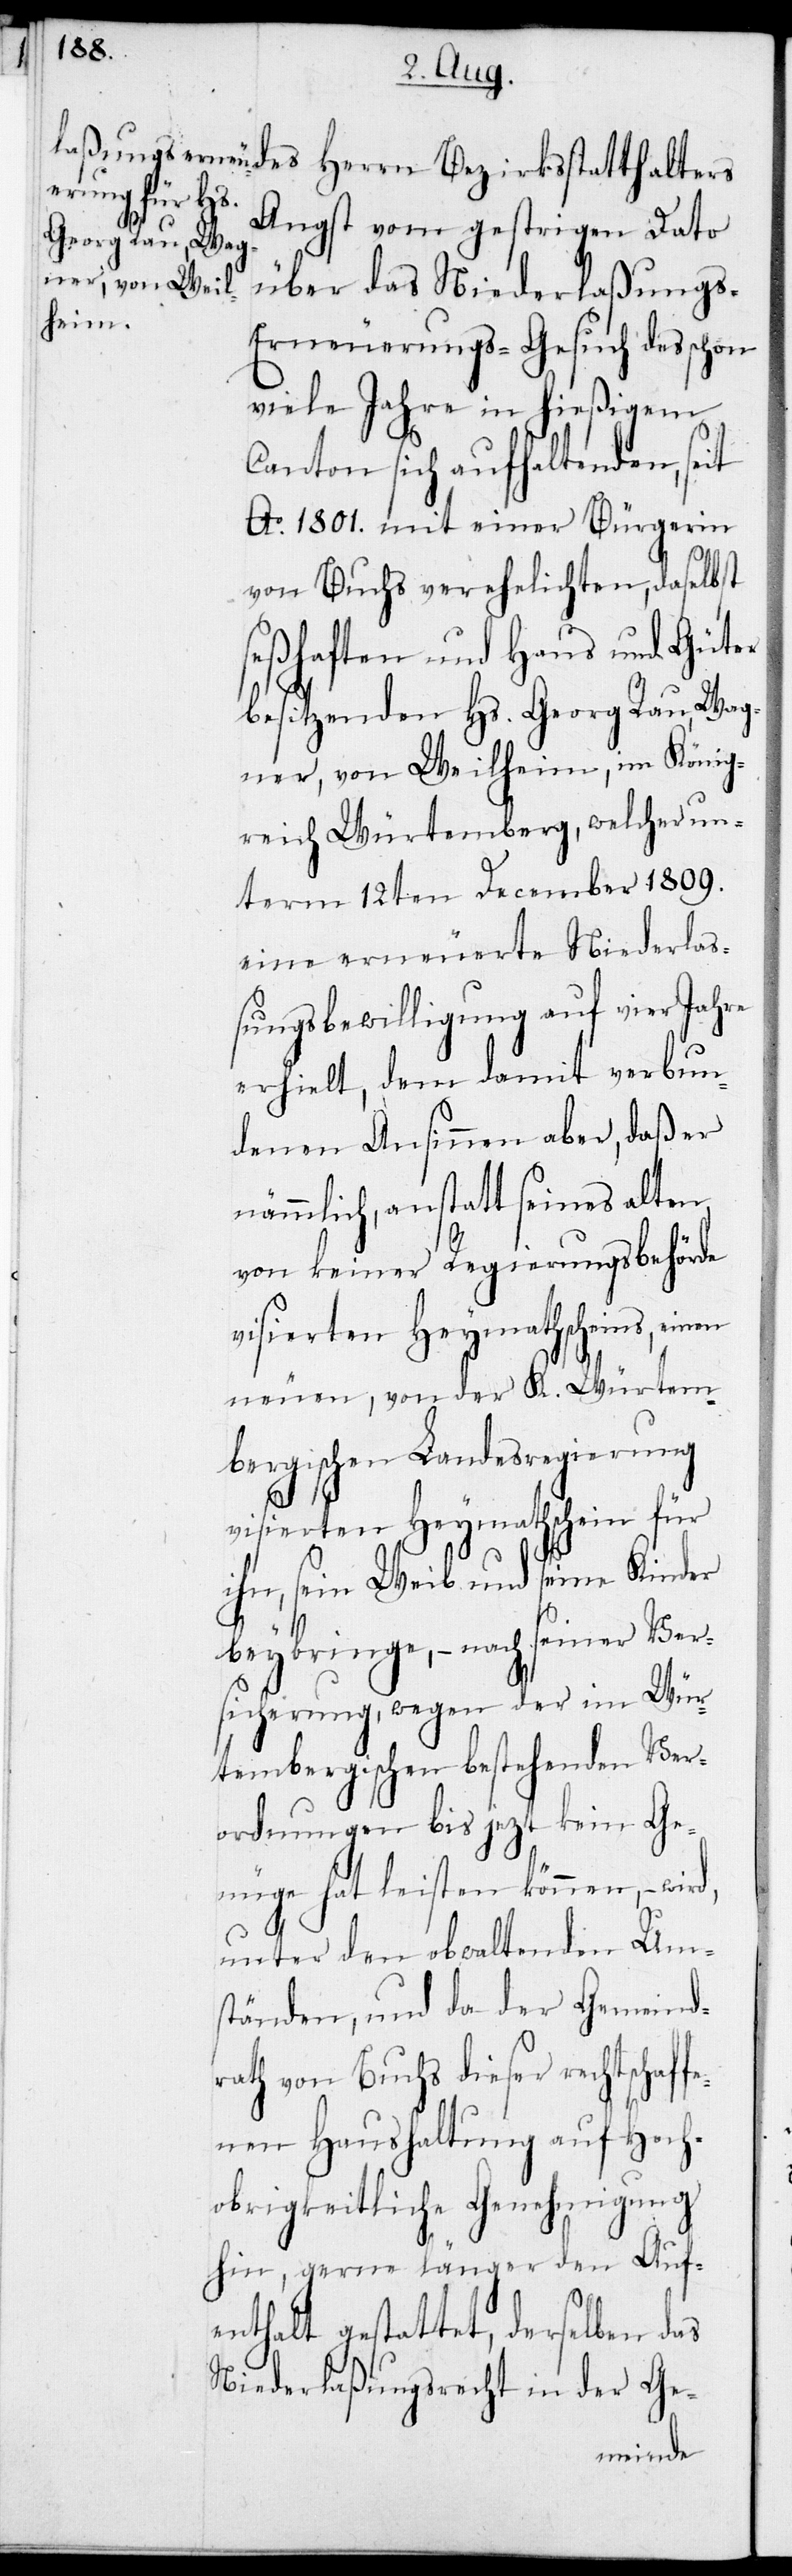
des Herrn Bezirksstatthalters
Angst vom gestrigen Dato
über das Niederlaßung¬
s-Erneuerungs-Gesuch des schon
viele Jahre in hießigem
Canton sich aufhaltenden, seit
Ao 1801. mit einer Bürgerin
von Buchs verehelichten, daselbst
seßhaften und Haus und Güter
besitzenden Hs. Georg Rau, Wag¬
ner, von Weilheim, im König¬
reich Würtemberg, welcher un¬
term 12ten December 1809.
eine erneuerte Niederlaß¬
ungsbewilligung auf vier Jahre
erhielt, dem damit verbun¬
denen Ansinnen aber, daß er
nämmlich, anstatt seines alten
von keiner Regierungsbehörde
visierten Heymathscheins, ei¬
nen neuen, von der K. Würtem¬
bergischen Landesregierung
visierten Heymathschein für
ihn, sein Weib und seine Kinder
beybringe, – nach seiner Ver¬
sicherung, wegen der im Wür¬
tembergischen bestehenden Ver¬
ordnungen bis jezt kein Ge¬
nüge hat leisten können, – wird,
unter den obwaltenden Um¬
ständen, und da der Gemeind¬
rath von Buchs dieser rechtschaffe¬
nen Haushaltung auf Hoch¬
obrigkeitliche Genehmigung
hin, gerne länger den Auf¬
enthalt gestattet, derselben das
Niederlaßungsrecht in der Ge-